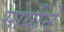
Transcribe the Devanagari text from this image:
सोयीने